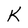
Character: K